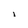
Character: 1